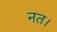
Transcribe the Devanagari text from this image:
नत।